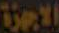
الاجهزة